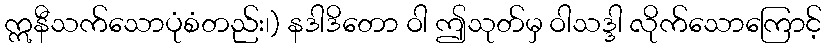
ဣနီသက်သောပုံစံတည်း၊) နဒါဒိတော ဝါ ဤသုတ်မှ ဝါသဒ္ဒါ လိုက်သောကြောင့်